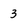
Character: 3